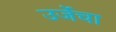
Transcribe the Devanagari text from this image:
उर्जेचा